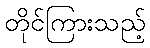
တိုင်ကြားသည့်